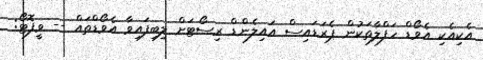
އެކިއެކި އެވޯޑް ހަފްލާތަކުން ޕެރަޑައިސް އައިލެންޑް ރިސޯޓަށް ލިބިފައިވާ އެވޯޑްތައް -- ވީފޮޓޯ: